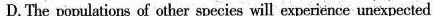
D.The populations of other spacies will experience unrxpected